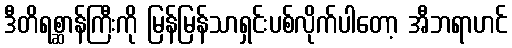
ဒီတိရစ္ဆာန်ကြီးကို မြန်မြန်သာရှင်းပစ်လိုက်ပါတော့ အီဘရာဟင်